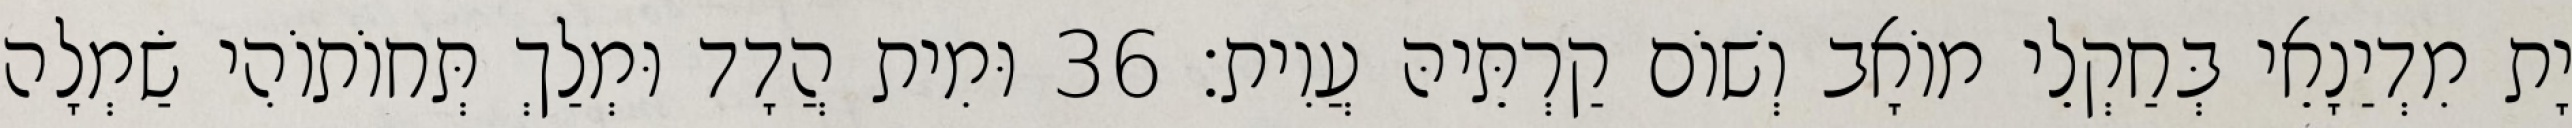
יָת מִדְיַנָאֵי בְּחַקְלֵי מוֹאָב וְשׁוֹם קַרְתֵּיהּ עֲוִית׃ 36 וּמִית הֲדָד וּמְלַךְ תְּחוֹתוֹהִי שַׂמְלָה